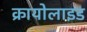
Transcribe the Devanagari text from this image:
क्रायोलाइड